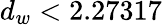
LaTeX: d_{w}<2.27317